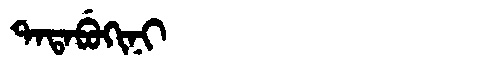
Manchu: ᡨᠠᡨᠠᠪᡠᡴᡳᠨᡳ
Romanization: TATABUKINI